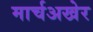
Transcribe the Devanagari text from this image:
मार्चअखेर